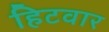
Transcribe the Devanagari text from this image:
हिटवार